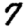
Digit: 7